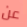
عن